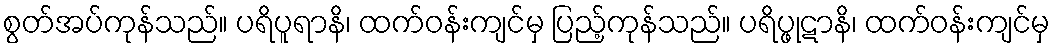
စွတ်အပ်ကုန်သည်။ ပရိပူရာနိ၊ ထက်ဝန်းကျင်မှ ပြည့်ကုန်သည်။ ပရိပ္ဖုဋာနိ၊ ထက်ဝန်းကျင်မှ